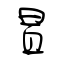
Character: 冒